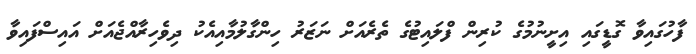
ފާހުގައިވާ ގޮޑީގައި އިށީނުމުގެ ކުރިން ފްލައިޓުގެ ތެރެއަށް ނަޒަރު ހިންގާލުމާއިއެކު ދިވެހިރާއްޖެއަށް އައިސްފައިވާ